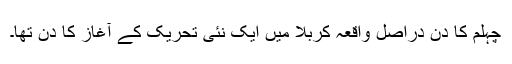
چہلم کا دن دراصل واقعہ کربلا میں ایک نئی تحریک کے آغاز کا دن تها۔